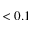
< 0 . 1